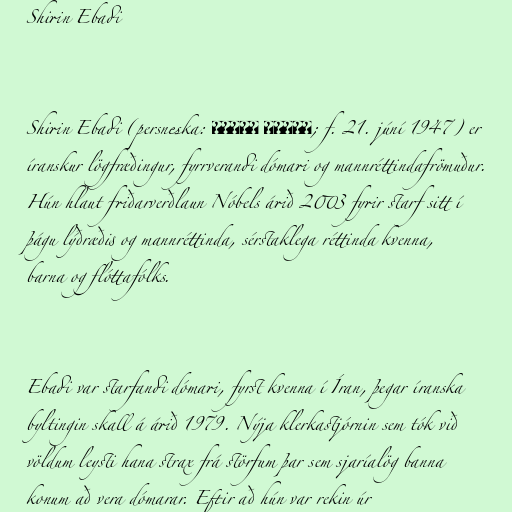
Shirin Ebadi

Shirin Ebadi (persneska: شيرين عبادى‎; f. 21. júní 1947) er
íranskur lögfræðingur, fyrrverandi dómari og mannréttindafrömuður.
Hún hlaut friðarverðlaun Nóbels árið 2003 fyrir starf sitt í
þágu lýðræðis og mannréttinda, sérstaklega réttinda kvenna,
barna og flóttafólks.

Ebadi var starfandi dómari, fyrst kvenna í Íran, þegar íranska
byltingin skall á árið 1979. Nýja klerkastjórnin sem tók við
völdum leysti hana strax frá störfum þar sem sjaríalög banna
konum að vera dómarar. Eftir að hún var rekin úr